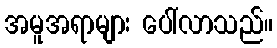
အမူအရာများ ပေါ်လာသည်။